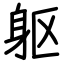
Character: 躯